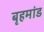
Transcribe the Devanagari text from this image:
बृहमांड